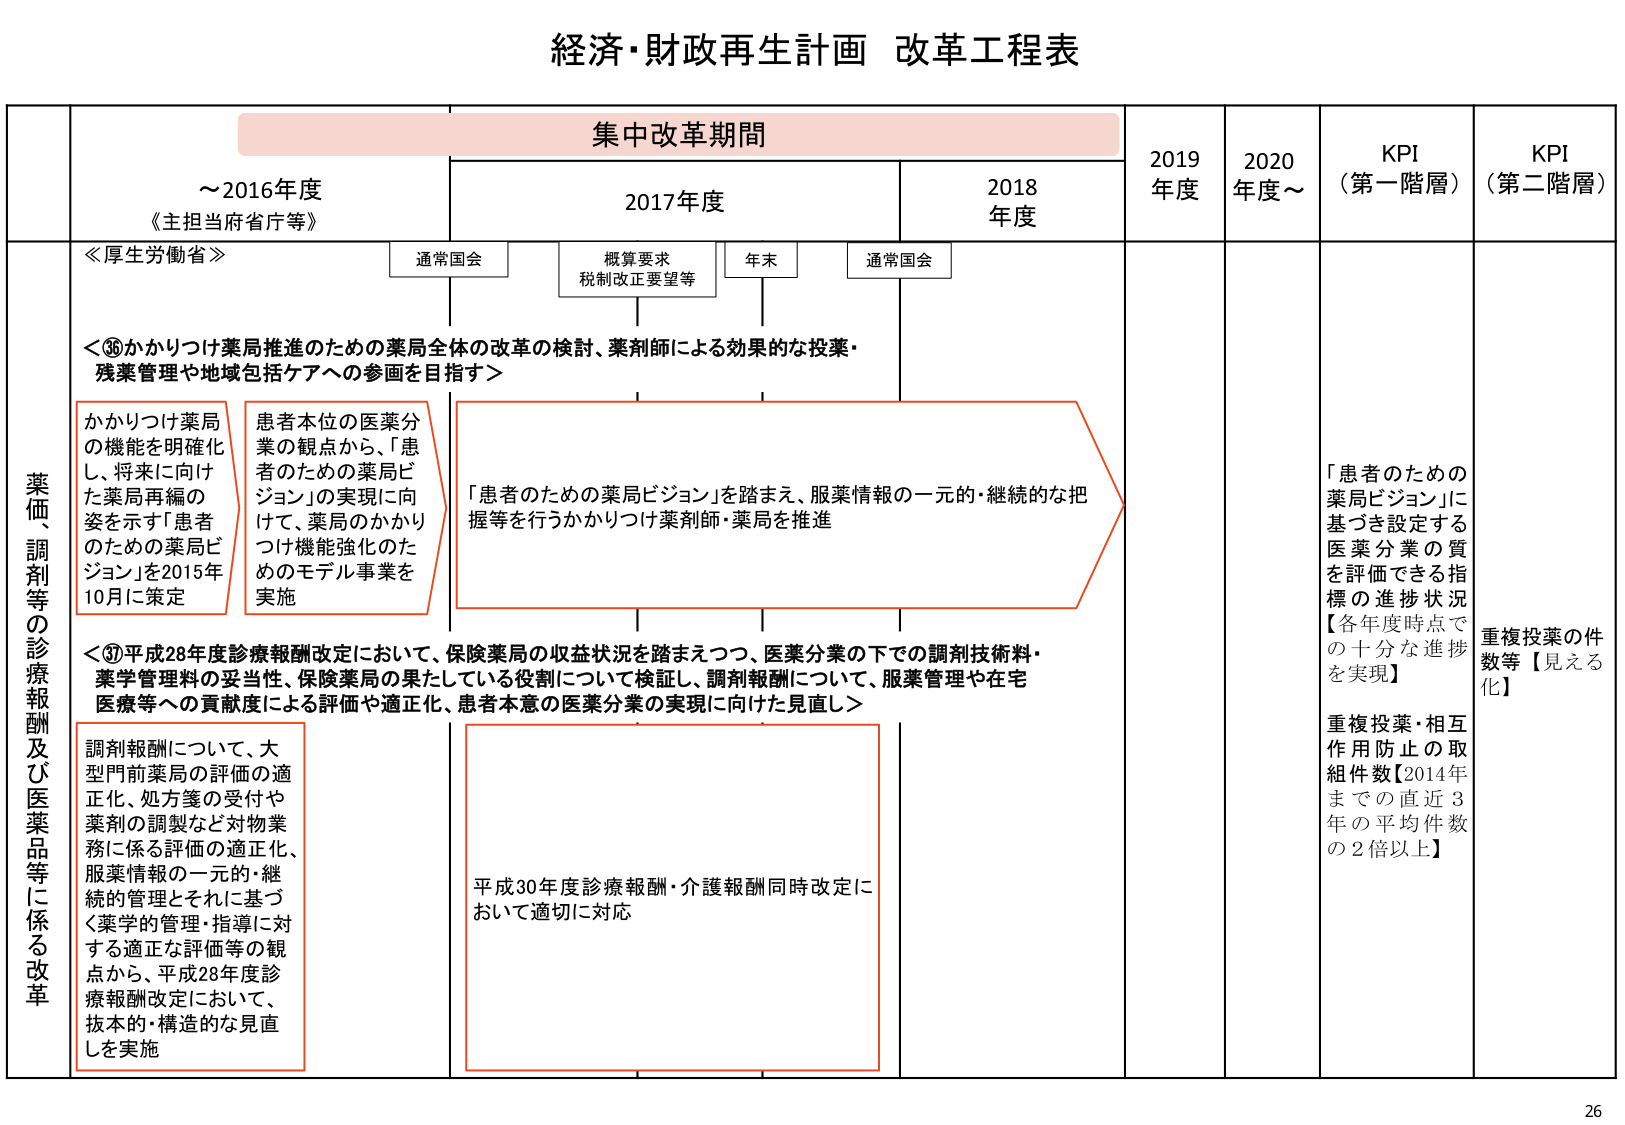
経済・財政再生計画 改革工程表

集中改革期間

～2016年度
《主担当府省庁等》

2017年度
通常国会
概算要求
税制改正要望等
年末
通常国会

2018年度

2019年度
2020年度～

KPI（第一階層）
KPI（第二階層）

≪厚生労働省≫

＜③6かかりつけ薬局推進のための薬局全体の改革の検討、薬剤師による効果的な投薬・残薬管理や地域包括ケアへの参画を目指す＞

かかりつけ薬局の機能を明確化し、将来に向けた薬局再編の姿を示す「患者のための薬局ビジョン」を2015年10月に策定

患者本位の医薬分業の観点から、「患者のための薬局ビジョン」の実現に向けて、薬局のかかりつけ機能強化のためのモデル事業を実施

「患者のための薬局ビジョン」を踏まえ、服薬情報の一元的・継続的な把握等を行うかかりつけ薬剤師・薬局を推進

＜③7平成28年度診療報酬改定において、保険薬局の収益状況を踏まえつつ、医薬分業の下での調剤技術料・薬学管理料の妥当性、保険薬局の果たしている役割について検証し、調剤報酬について、服薬管理や在宅医療等への貢献度による評価や適正化、患者本意の医薬分業の実現に向けた見直し＞

調剤報酬について、大型門前薬局の評価の適正化、処方箋の受付や薬剤の調製など対物業務に係る評価の適正化、服薬情報の一元的・継続的管理とそれに基づく薬学的管理・指導に対する適正な評価等の観点から、平成28年度診療報酬改定において、抜本的・構造的な見直しを実施

平成30年度診療報酬・介護報酬同時改定において適切に対応

「患者のための薬局ビジョン」に基づき設定する医薬分業の質を評価できる指標の進捗状況【各年度時点での十分な進捗を実現】

重複投薬・相互作用防止の取組件数【2014年までの直近3年の平均件数の2倍以上】

重複投薬の件数等【見える化】

薬価、調剤等の診療報酬及び医薬品等に係る改革

26